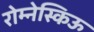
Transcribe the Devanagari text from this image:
रोम्नेस्किऊ